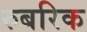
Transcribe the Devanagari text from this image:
रुबरिक